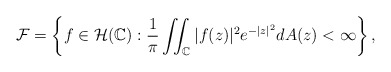
\begin{align*} \mathcal{F} = \left\{ f\in \mathcal{H}(\mathbb{C}):\frac{1}{\pi}\iint_{\mathbb C}|f(z)|^2e^{-|z|^2}dA(z)<\infty\right\},\end{align*}